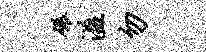
碾溢勿